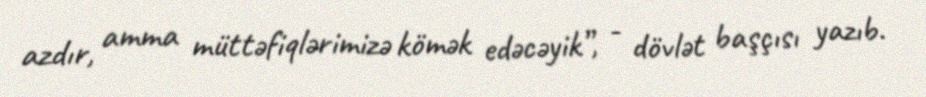
azdır, amma müttəfiqlərimizə kömək edəcəyik”, - dövlət başçısı yazıb.